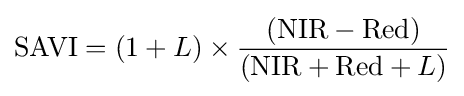
{\text{SAVI}}=(1+L)\times {({\text{NIR}}-{\text{Red}}) \over ({\text{NIR}}+{\text{Red}}+L)}